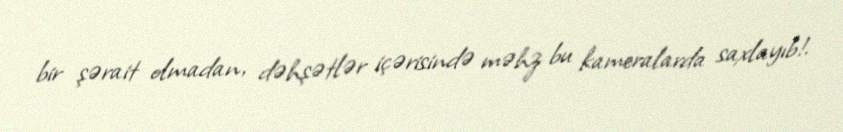
bir şərait olmadan, dəhşətlər içərisində məhz bu kameralarda saxlayıb!.